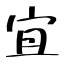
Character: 宜